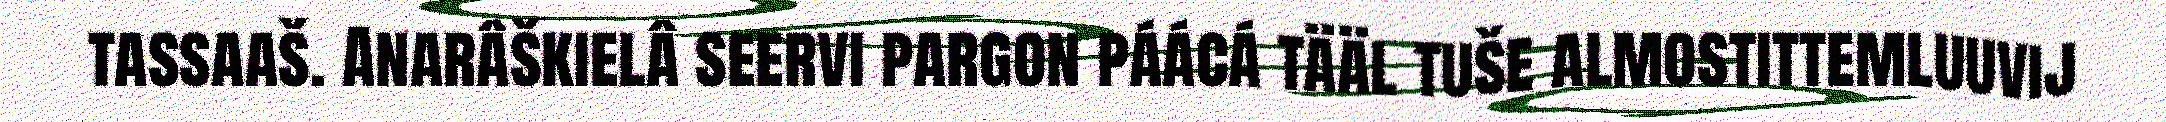
tassaaš. Anarâškielâ seervi pargon páácá tääl tuše almostittemluuvij